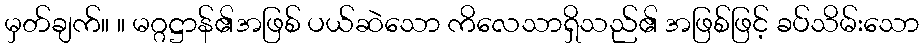
မှတ်ချက်။ ။ မဂ္ဂဋ္ဌာန်၏အဖြစ် ပယ်ဆဲသော ကိလေသာရှိသည်၏ အဖြစ်ဖြင့် ခပ်သိမ်းသော